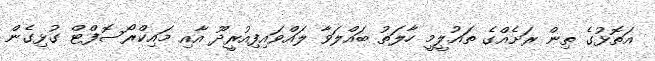
އަތޮޅުގެ ތިން ރަށެއްގެ ތައުލީމީ ހާލަތު ބައްލަވާ ލައްވައިފިއުރީދޫ އާއި މައިކްރޯސޮފްޓް ގުޅިގެން